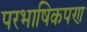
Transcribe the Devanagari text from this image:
परभाषिकपण